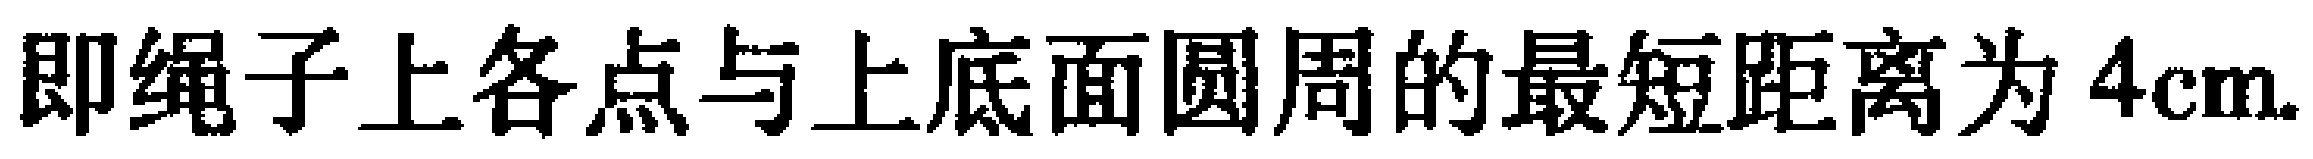
即绳子上各点与上底面圆周的最短距离为 \(4\text{cm}\).